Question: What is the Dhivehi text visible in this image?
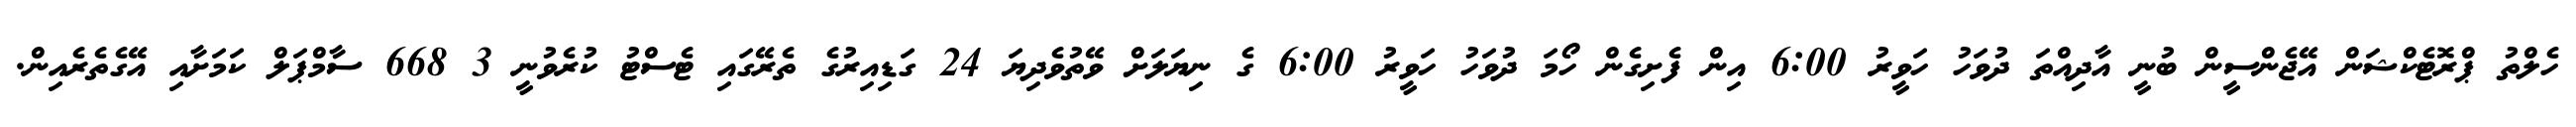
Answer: ހެލްތު ޕްރޮޓެކްޝަން އޭޖެންސީން ބުނީ އާދިއްތަ ދުވަހު ހަވީރު 6:00 އިން ފެށިގެން ހޯމަ ދުވަހު ހަވީރު 6:00 ގެ ނިޔަލަށް ވޭތުވެދިޔަ 24 ގަޑިއިރުގެ ތެރޭގައި ޓެސްޓު ކުރެވުނީ 3 668 ސާމްޕަލް ކަމަށާއި އޭގެތެރެއިން.